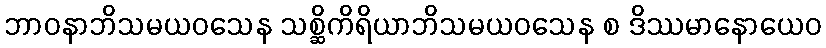
ဘာဝနာဘိသမယဝသေန သစ္ဆိကိရိယာဘိသမယဝသေန စ ဒိဿမာနောယေဝ